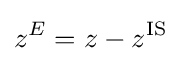
z^{E}=z-z^{\text{IS}}